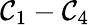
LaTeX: \mathcal{C}_{1}-\mathcal{C}_{4}